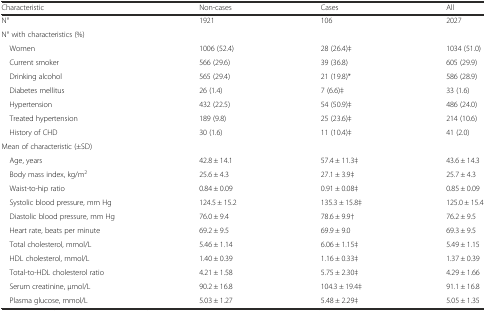
<table><thead><tr><td><b>Characteristic</b></td><td><b>Non-cases</b></td><td><b>Cases</b></td><td><b>All</b></td></tr></thead><tbody><tr><td>N°</td><td>1921</td><td>106</td><td>2027</td></tr><tr><td>N° with characteristics (%)</td><td></td><td></td><td></td></tr><tr><td> Women</td><td>1006 (52.4)</td><td>28 (26.4)‡</td><td>1034 (51.0)</td></tr><tr><td> Current smoker</td><td>566 (29.6)</td><td>39 (36.8)</td><td>605 (29.9)</td></tr><tr><td> Drinking alcohol</td><td>565 (29.4)</td><td>21 (19.8)*</td><td>586 (28.9)</td></tr><tr><td> Diabetes mellitus</td><td>26 (1.4)</td><td>7 (6.6)‡</td><td>33 (1.6)</td></tr><tr><td> Hypertension</td><td>432 (22.5)</td><td>54 (50.9)‡</td><td>486 (24.0)</td></tr><tr><td> Treated hypertension</td><td>189 (9.8)</td><td>25 (23.6)‡</td><td>214 (10.6)</td></tr><tr><td> History of CHD</td><td>30 (1.6)</td><td>11 (10.4)‡</td><td>41 (2.0)</td></tr><tr><td>Mean of characteristic (±SD)</td><td></td><td></td><td></td></tr><tr><td> Age, years</td><td>42.8 ± 14.1</td><td>57.4 ± 11.3‡</td><td>43.6 ± 14.3</td></tr><tr><td> Body mass index, kg/m<sup>2</sup></td><td>25.6 ± 4.3</td><td>27.1 ± 3.9‡</td><td>25.7 ± 4.3</td></tr><tr><td> Waist-to-hip ratio</td><td>0.84 ± 0.09</td><td>0.91 ± 0.08‡</td><td>0.85 ± 0.09</td></tr><tr><td> Systolic blood pressure, mm Hg</td><td>124.5 ± 15.2</td><td>135.3 ± 15.8‡</td><td>125.0 ± 15.4</td></tr><tr><td> Diastolic blood pressure, mm Hg</td><td>76.0 ± 9.4</td><td>78.6 ± 9.9†</td><td>76.2 ± 9.5</td></tr><tr><td> Heart rate, beats per minute</td><td>69.2 ± 9.5</td><td>69.9 ± 9.0</td><td>69.3 ± 9.5</td></tr><tr><td> Total cholesterol, mmol/L</td><td>5.46 ± 1.14</td><td>6.06 ± 1.15‡</td><td>5.49 ± 1.15</td></tr><tr><td> HDL cholesterol, mmol/L</td><td>1.40 ± 0.39</td><td>1.16 ± 0.33‡</td><td>1.37 ± 0.39</td></tr><tr><td> Total-to-HDL cholesterol ratio</td><td>4.21 ± 1.58</td><td>5.75 ± 2.30‡</td><td>4.29 ± 1.66</td></tr><tr><td> Serum creatinine, μmol/L</td><td>90.2 ± 16.8</td><td>104.3 ± 19.4‡</td><td>91.1 ± 16.8</td></tr><tr><td> Plasma glucose, mmol/L</td><td>5.03 ± 1.27</td><td>5.48 ± 2.29‡</td><td>5.05 ± 1.35</td></tr></tbody></table>